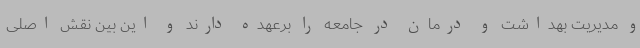
و مدیریت بهداشت و درمان در جامعه را برعهده دارند و این بین نقش اصلی